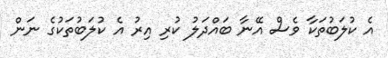
އެ ކުލަބުތަކާ ވެސް އޭނާ ބައްދަލު ކުރި އިރު އެ ކުލަބުތަކުގެ ނަން